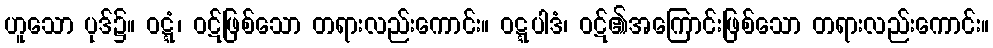
ဟူသော ပုဒ်၌။ ဝဋ္ဋံ၊ ဝဋ်ဖြစ်သော တရားလည်းကောင်း။ ဝဋ္ဋပါဒံ၊ ဝဋ်၏အကြောင်းဖြစ်သော တရားလည်းကောင်း။